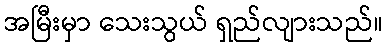
အမြီးမှာ သေးသွယ် ရှည်လျားသည်။